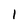
Character: 1